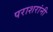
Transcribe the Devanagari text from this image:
पराशरांनी